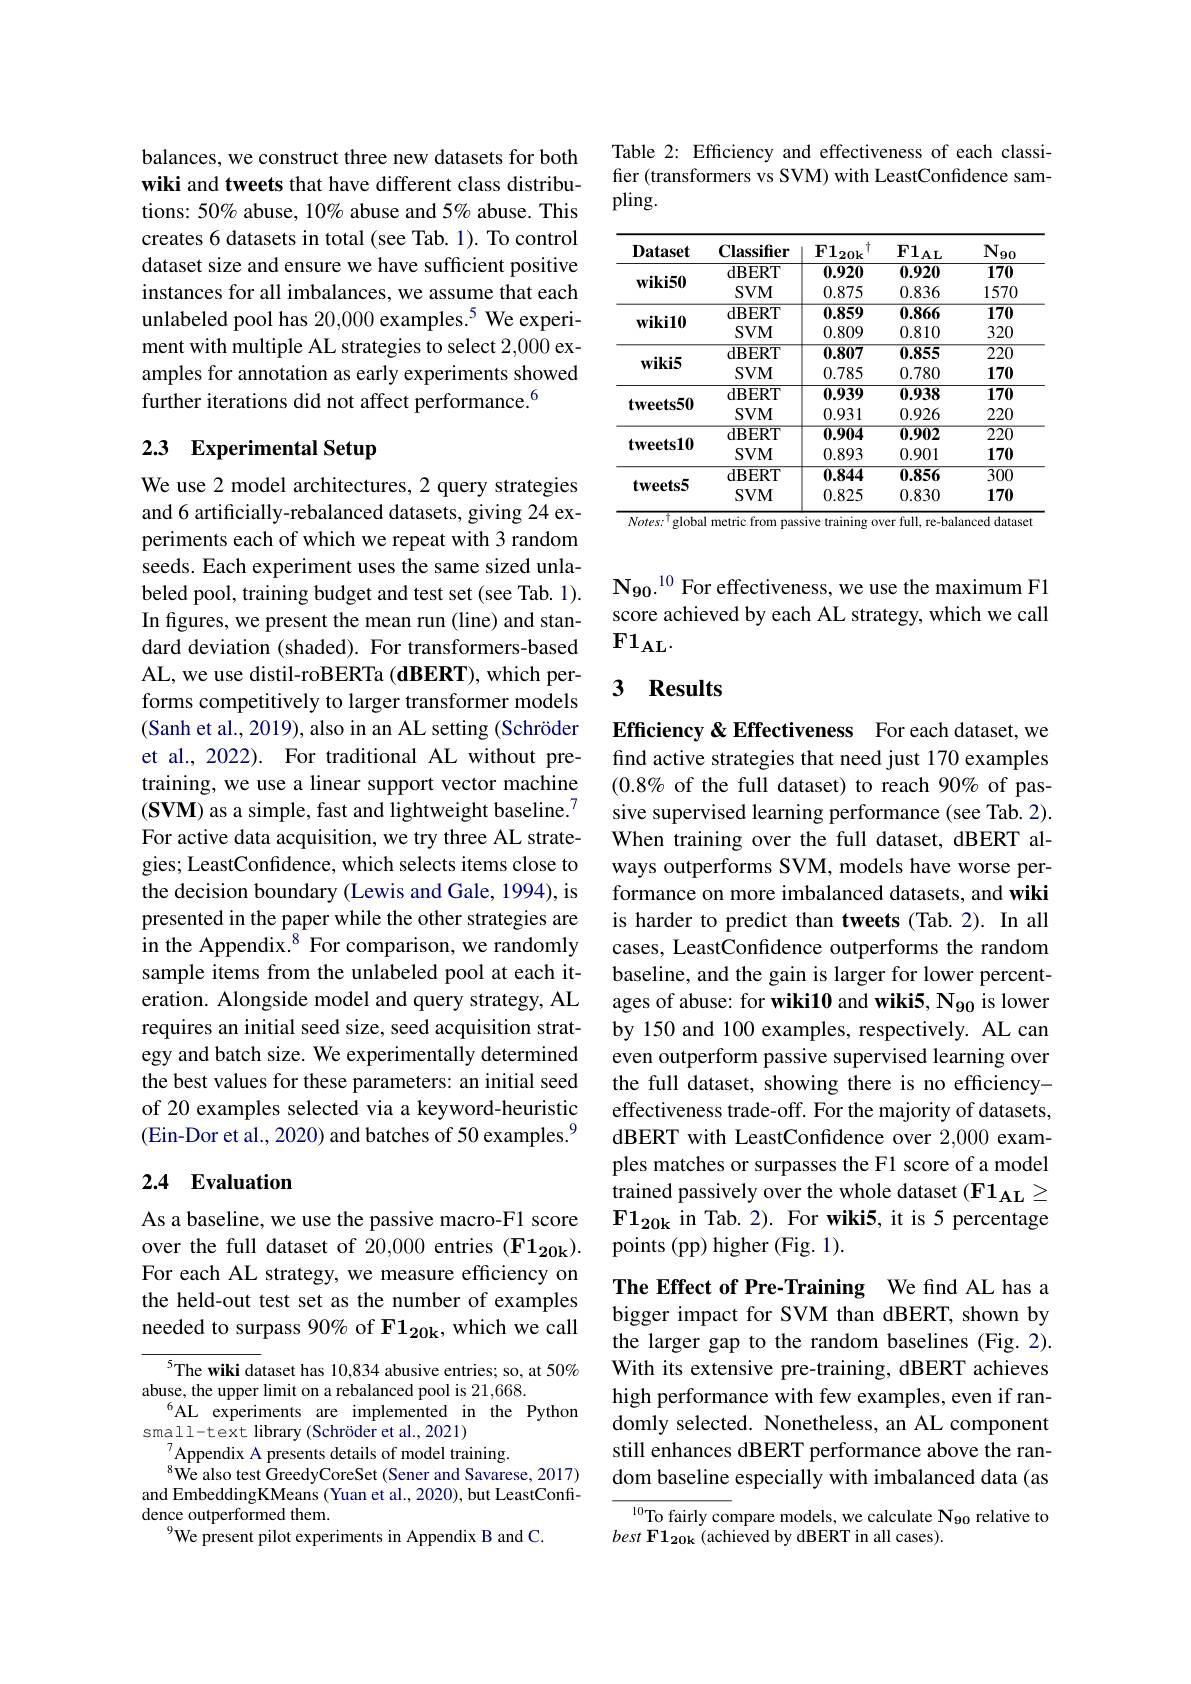
balances, we construct three new datasets for both wiki and tweets that have different class distributions: $50\%$ abuse, $10\%$ abuse and 5% abuse. This creates 6 datasets in total (see Tab. 1). To control dataset size and ensure we have sufficient positive instances for all imbalances, we assume that each unlabeled pool has 20,000 examples.$^{5}$ We experiment with multiple AL strategies to select 2,000 examples for annotation as early experiments showed further iterations did not affect performance.$^{6}$

## 2.3 Experimental Setup

We use 2 model architectures, 2 query strategies and 6 artificially-rebalanced datasets, giving 24 experiments each of which we repeat with 3 random seeds. Each experiment uses the same sized unlabeled pool, training budget and test set (see Tab. 1). In figures, we present the mean run (line) and standard deviation (shaded). For transformers-based AL, we use distil-roBERTa (dBERT), which performs competitively to larger transformer models (Sanh et al., 2019), also in an AL setting (Schröder et al., 2022). For traditional AL without pretraining, we use a linear support vector machine $(\mathbf{SVM})$ as a simple, fast and lightweight baseline.$^{7}$ For active data acquisition, we try three AL strategies; LeastConfidence, which selects items close to the decision boundary (Lewis and Gale, 1994), is presented in the paper while the other strategies are in the Appendix.$^{8}$ For comparison, we randomly sample items from the unlabeled pool at each iteration. Alongside model and query strategy, AL requires an initial seed size, seed acquisition strategy and batch size. We experimentally determined the best values for these parameters: an initial seed of 20 examples selected via a keyword-heuristic (Ein-Dor et al., 2020) and batches of 50 examples.$^{9}$

## 2.4 Evaluation

As a baseline, we use the passive macro-F1 score over the full dataset of 20,000 entries (F1$_\mathbf{20k}).$ For each AL strategy, we measure efficiency on the held-out test set as the number of examples needed to surpass 90% of F1$_{20\mathrm{k}}$, which we call

$^{5}$The wiki dataset has 10,834 abusive entries; so, at 50%
abuse, the upper limit on a rebalanced pool is 21,668.
$^{6}$AL experiments are implemented in the Python
small-text library (Schröder et al., 2021)
$\mathrm{~}_{0}^{7}$Appendix A presents details of model training.
$^{8}$We also test GreedyCoreSet(Sener and Savarese, 2017) and EmbeddingKMeans (Yuan et al., 2020), but LeastConfidence outperformed them.
$^{9}$We present pilot experiments in Appendix B and C.

Table 2: Efficiency and effectiveness of each classifier (transformers vs SVM) with LeastConfidence sampling.

<table>
	<tbody>
		<tr>
			<th>$\mathbf{Dataset}$</th>
			<th>Classifier dRFRT</th>
			<th>$\underline{\mathrm{F1}_{20\mathrm{k}}}$ 十 1 200</th>
			<th>$F1_{\mathrm{AL}}$ 24 T</th>
			<th>$\underline{\mathrm{N}_{90}}$ 17 70</th>
		</tr>
		<tr>
			<td>Dataset $\mathbf{wiki50}$</td>
			<td>Classmer dBERT SVM</td>
			<td>$\mathbf{F}\mathbf{120k}$ 0.920 0.875</td>
			<td>$\mathbf{r}\mathbf{1}\mathbf{AL}$ 0.920 0.836</td>
			<td>$1\mathbf{v}90$ $\overline{170}$ 5 、 1</td>
		</tr>
		<tr>
			<td>$\mathbf{wiki50}$</td>
			<td>IDLIN $V$ $M$</td>
			<td>$W_{\bullet}/wW$ 75</td>
			<td>$v_{1}/wv$</td>
			<td>LIL</td>
		</tr>
		<tr>
			<td rowspan="2">$\mathbf{wiki10}$</td>
			<td>$\mathbf{dBERT}$</td>
			<td>0.859</td>
			<td>1 M</td>
			<td>170 T</td>
		</tr>
		<tr>
			<td>$SVM$</td>
			<td>0.809</td>
			<td>0.810</td>
			<td>320</td>
		</tr>
		<tr>
			<td rowspan="2">$wiki5$</td>
			<td>dBERT</td>
			<td>0.807</td>
			<td>0.855</td>
			<td>$\overline{220}$</td>
		</tr>
		<tr>
			<td>$SVM$</td>
			<td>0.785</td>
			<td>0.780</td>
			<td>170</td>
		</tr>
		<tr>
			<td rowspan="2">$tweets50$</td>
			<td>dBERT</td>
			<td>0.939</td>
			<td>0.938</td>
			<td>170</td>
		</tr>
		<tr>
			<td>$SVM$</td>
			<td>0.931</td>
			<td>0.926</td>
			<td>220</td>
		</tr>
		<tr>
			<td rowspan="2">$\mathbf{tweets10}$</td>
			<td>dBERT</td>
			<td>0.904</td>
			<td>0.902</td>
			<td>$\overline{220}$</td>
		</tr>
		<tr>
			<td>$SVM$</td>
			<td>0.893</td>
			<td>0.901</td>
			<td>170</td>
		</tr>
		<tr>
			<td rowspan="2">$\mathbf{tweets5}$</td>
			<td>dBERT</td>
			<td>0.844</td>
			<td>0.856</td>
			<td>$\overline{300}$</td>
		</tr>
		<tr>
			<td>$SVM$</td>
			<td>0.825</td>
			<td>0.830</td>
			<td>170</td>
		</tr>
	</tbody>
</table>
$Notes:^{\dagger}$global metric from passive training over full, re-balanced dataset

N$_{90}$.$^{10}$ For effectiveness, we use the maximum F1 score achieved by each AL strategy, which we call $F1_{\mathrm{AL}}.$

## 3 Results

Efficiency &Effectiveness For each dataset, we find active strategies that need just 170 examples $(0.8\%$ of the full dataset) to reach 90% of passive supervised learning performance (see Tab. 2). When training over the full dataset, dBERT always outperforms SVM, models have worse performance on more imbalanced datasets, and wiki is harder to predict than tweets (Tab.2). In all cases, LeastConfidence outperforms the random baseline, and the gain is larger for lower percentages of abuse: for wiki10 and wiki5, N$_{90}$ is lower by 150 and 100 examples, respectively. AL can even outperform passive supervised learning over the full dataset, showing there is no efficiencyeffectiveness trade-off. For the majority of datasets, dBERT with LeastConfidence over 2,000 examples matches or surpasses the F1 score of a model trained passively over the whole dataset (F1$_\mathrm{AL}\geq$ $\mathbf{F1_{20k}}$ in Tab.2). For wiki5, it is 5 percentage points (pp) higher (Fig. 1).

The Effect of Pre-Training We find AL has a bigger impact for SVM than dBERT, shown by the larger gap to the random baselines (Fig. 2). With its extensive pre-training, dBERT achieves high performance with few examples, even if randomly selected. Nonetheless, an AL component still enhances dBERT performance above the random baseline especially with imbalanced data (as

${^{10}\text{To fairly compare models, we calculate N}_{90}}$ relative to
$best\textbf{F1}_{20\mathbf{k}}$(achieved by dBERT in all cases).